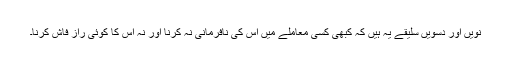
نویں اور دسویں سلیقے یہ ہیں کہ کبھی کسی معاملے میں اس کی نافرمانی نہ کرنا اور نہ اس کا کوئی راز فاش کرنا۔